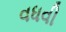
વધવી